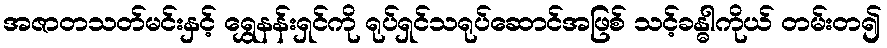
အဇာတသတ်မင်းနှင့် ရွှေနန်းရှင်ကို ရုပ်ရှင်သရုပ်ဆောင်အဖြစ် သင့်ခန္ဓါကိုယ် တမ်းတ၍